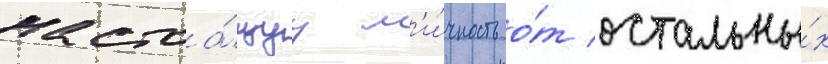
настоа́щуу л'и́чность о́т остальны́х